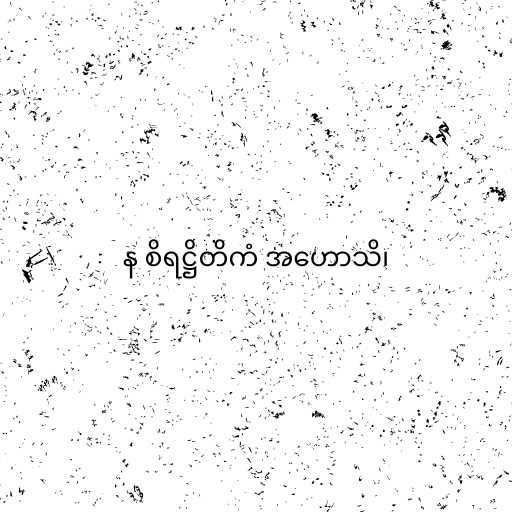
န စိရဋ္ဌိတိကံ အဟောသိ၊